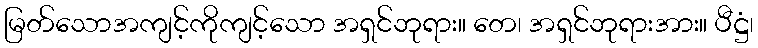
မြတ်သောအကျင့်ကိုကျင့်သော အရှင်ဘုရား။ တေ၊ အရှင်ဘုရားအား။ ပီဋ္ဌံ၊